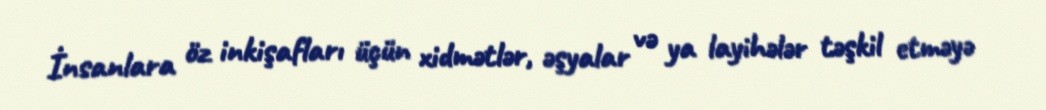
İnsanlara öz inkişafları üçün xidmətlər, əşyalar və ya layihələr təşkil etməyə